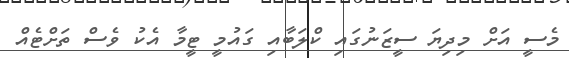
މެސީ އަށް މިދިޔަ ސީޒަނުގައި ކްލަބާއި ގައުމީ ޓީމާ އެކު ވެސް ތަށްޓެއް